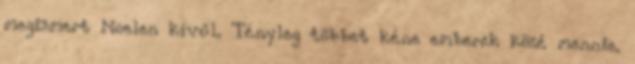
megismert Noelen kívűl. Tényleg többet kéne emberek közé mennie.